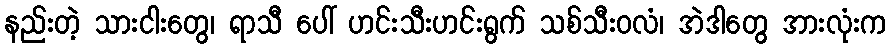
နည်းတဲ့ သားငါးတွေ၊ ရာသီ ပေါ် ဟင်းသီးဟင်းရွက် သစ်သီးဝလံ၊ အဲဒါတွေ အားလုံးက